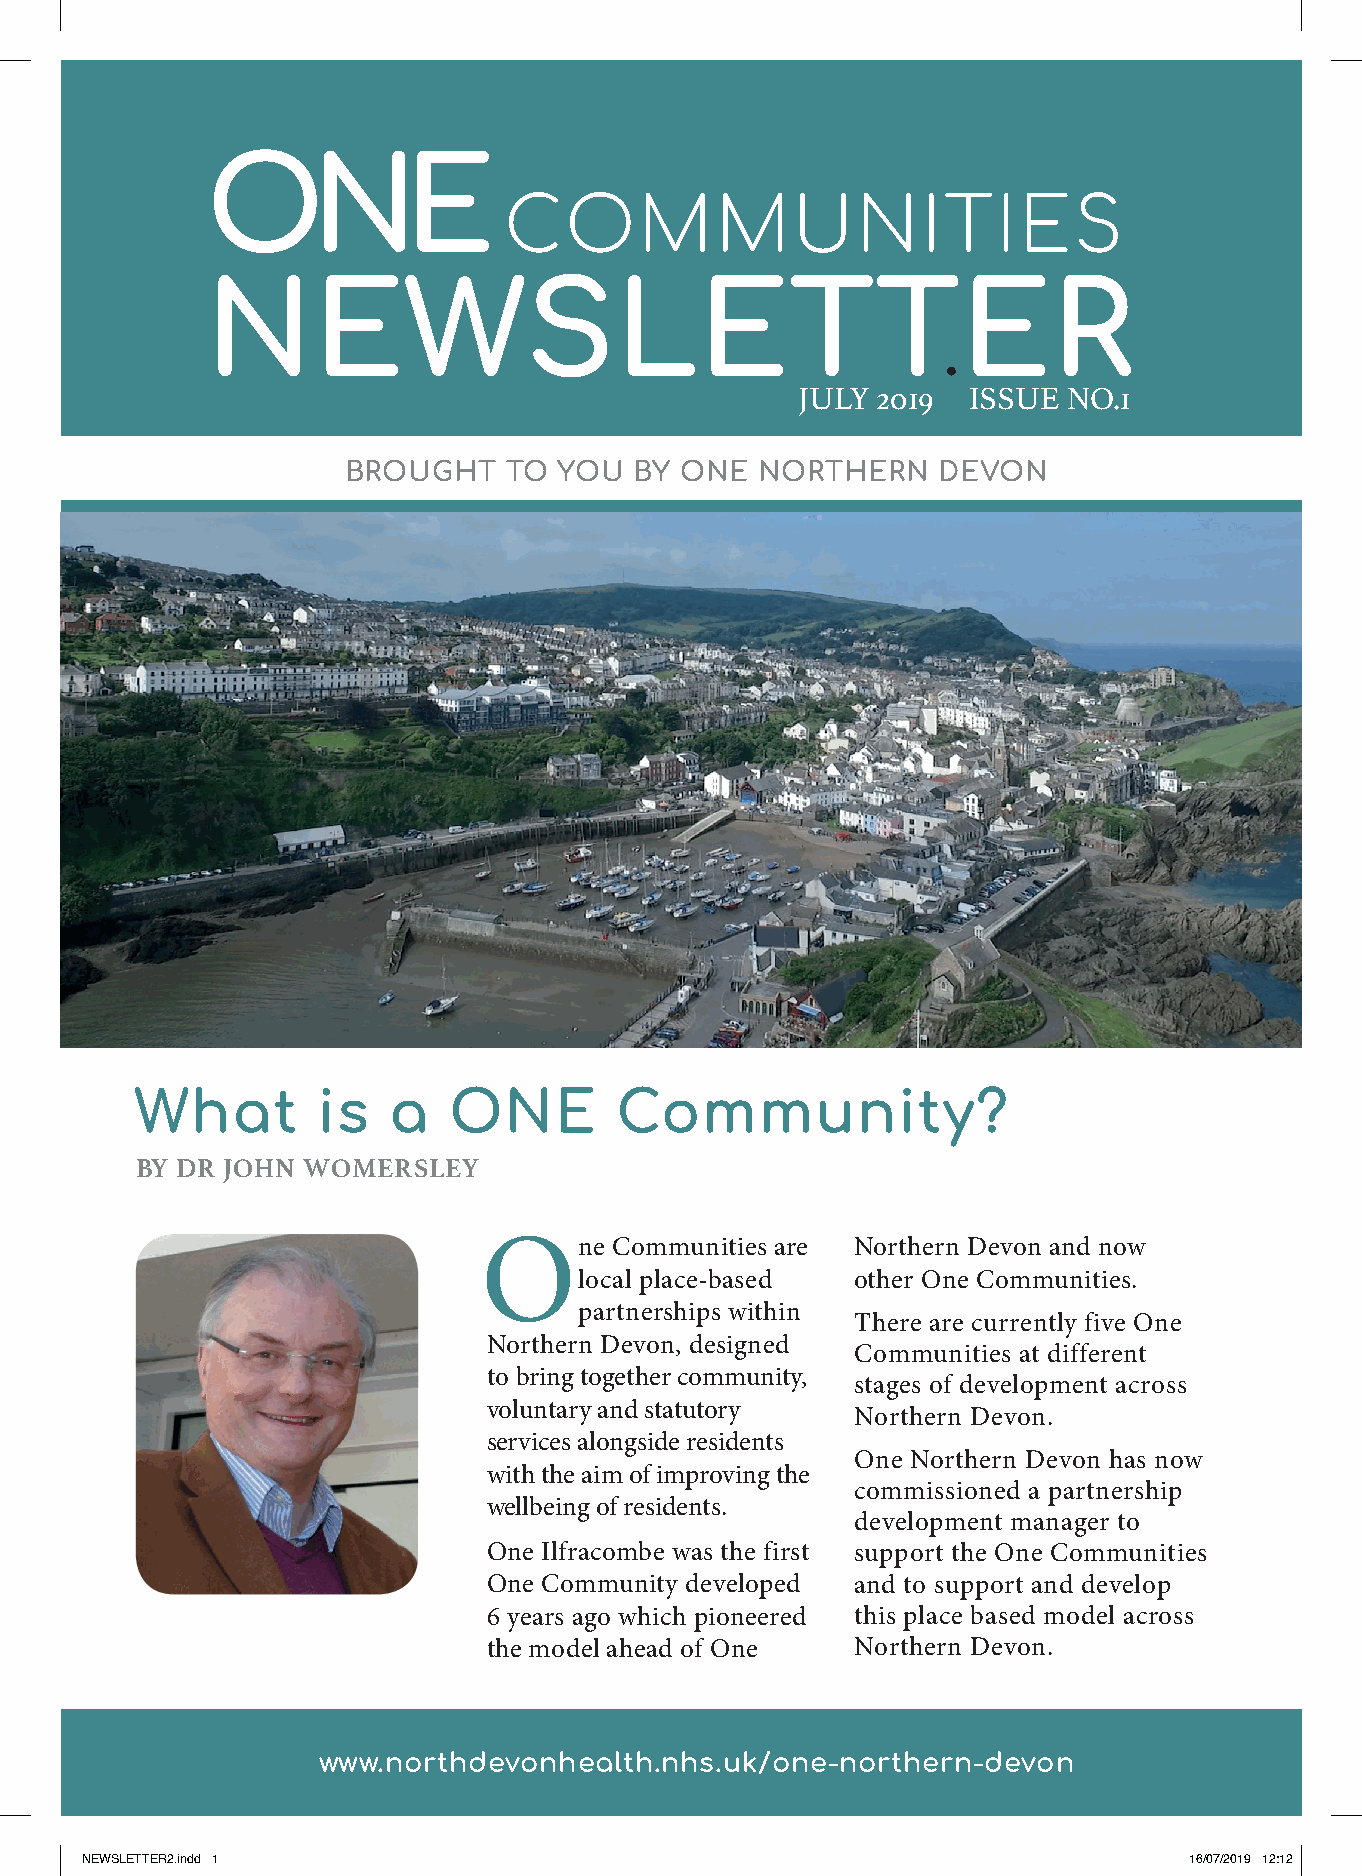
ONE
 COMMUNITIES
 NEWSLETTER
 JULY 2019  ISSUE  NO.1
 BROUGHT    TO YOU  BY ONE  NORTHERN    DEVON
 What        is   a   ONE        Community?
 BY DR JOHN WOMERSLEY
 One      Communities are Northern Devon and now
 local place-based  other One Communities.
 partnerships within
 There are currently five One
 Northern Devon, designed
 Communities at different
 to bring together community,
 stages of development across
 voluntary and statutory
 Northern Devon.
 services alongside residents
 One Northern Devon has now
 with the aim of improving the
 commissioned a partnership
 wellbeing of residents.
 development manager to
 One Ilfracombe was the first support the One Communities
 One Community developed  and to support and develop
 6 years ago which pioneered this place based model across
 the model ahead of One   Northern Devon.
 www.northdevonhealth.nhs.uk/one-northern-devon            1
 NEWSLETTER2.indd 1                                                        16/07/2019 12:12